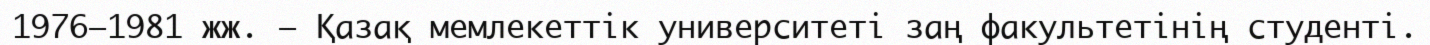
1976—1981 жж. — Қазақ мемлекеттік университеті заң факультетінің студенті.